Veterinary regulations India, 1925 -
Year: 1925
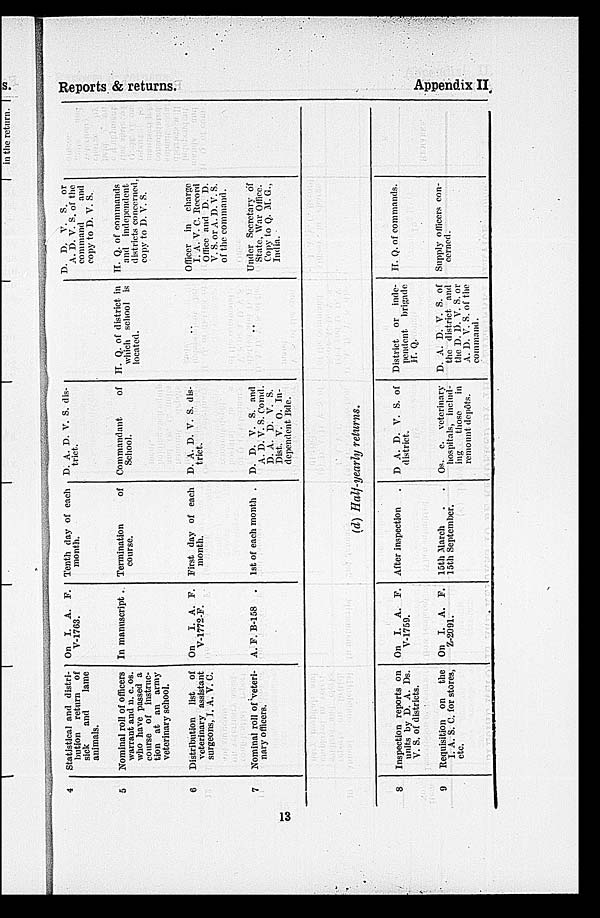
Reports & returns.
Appendix II.
4
5
6
7
Statistical and distri-
bution return of
sick
and
lame
animals.
Nominal roll of officers
warrant and n. c. os.
who have passed a
course of instruc-
tion at an army
veterinary school.
Distribution list of
veterinary assistant
surgeons, I. A. V. C.
Nominal roll of veteri-
nary officers.
On I. A. F.
V-1763.
In manuscript.
On I. A. F.
V-1772-F.
A. F. B-158 .
Tenth day of each
month.
Termination
of
course.
First day of each
month.
1st of each month .
D. A. D. V. S. dis-
trict.
Commandant.
of
School.
D. A. D. V. S. dis-
trict.
D. D. V. S. and
A. D. V. S. Comd.
D. A. D. V. S.
Dist. V. O. In-
dependent Bde.
IT. Q. of district in
which school is
located.
..
..
D. D. V. S. or
A. D. V. S. of the
command
and
copy to D. V. S.
H. Q. of commands
and independent
districts concerned,
copy to D. V. S.
Officer in charge
I. A. V. C. Record
Office and D. D.
V. S. or A. D. V. S.
of the command.
Under Secretary of
State, War Office.
Copy to Q. M. G.,
India.
(d) Half-yearly returns.
8
9
Inspection reports on
units by D. A. Ds.
V. S. of districts.
Requisition on the
I. A. S. C. for stores,
etc.
On I. A.
V-1759.
On I. A.
Z-2091.
F.
F.
After inspection
15th March
.
.
15th September.
D A. D. V. S. of
district.
Os. c. veterinary
hospitals, includ-
ing
those
in
remount dcpôts.
District or inde-
pendent brigade
H. Q.
D. A. D. V. S. of
the district and
the D. D. V. S. or
A. D. V. S. of the
command.
H. Q. of commands.
Supply officers con-
cerned.
13